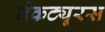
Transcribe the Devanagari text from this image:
नेकट्यूरस